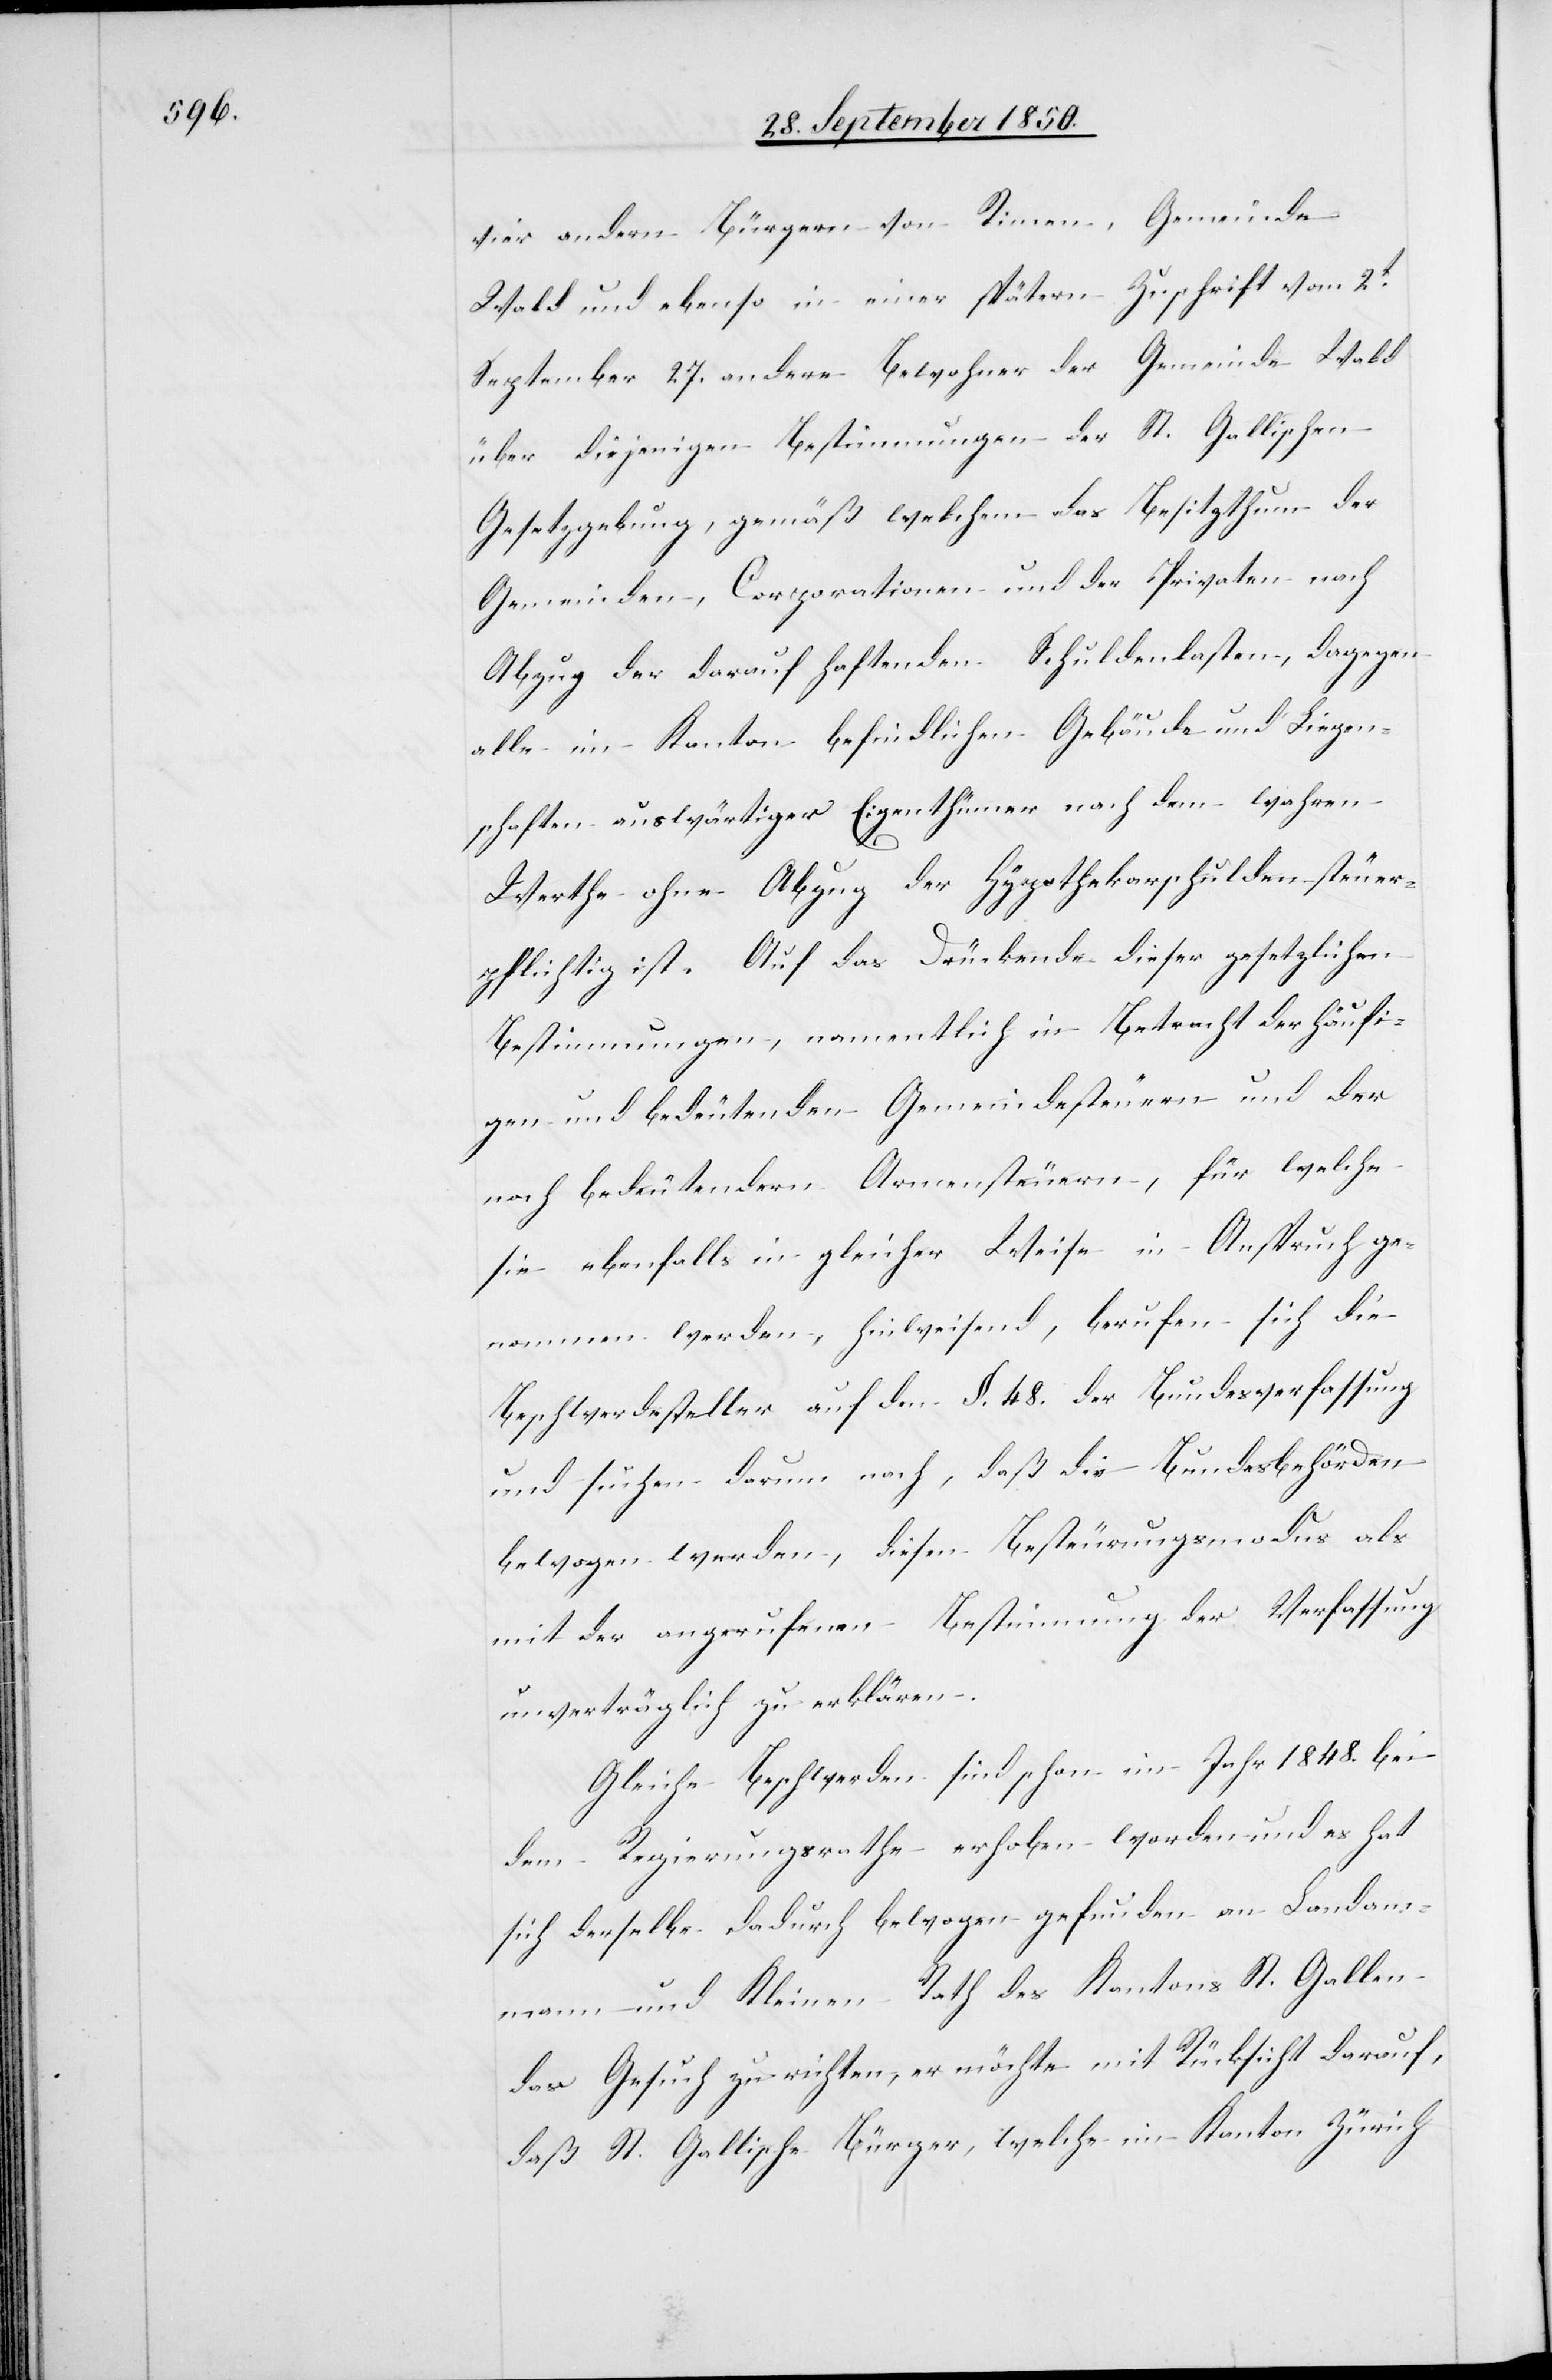
vier andern Bürgern von Rimen, Gemeinde
Wald und ebenso in einer spätern Zuschrift vom 2t
September 27. andere Bewohner der Gemeinde Wald
über diejenigen Bestimmungen der St. Gallischen
Gesetzgebung, gemäß welchem das Besitzthum der
Gemeinden, Corporationen und der Privaten nach
Abzug der darauf haftenden Schuldenlasten, dagegen
alle im Kanton befindlichen Gebäude und Liegen¬
schaften auswärtiger Eigenthümer nach dem wahren
Werthe ohne Abzug der Hypothekarschulden steuer¬
pflichtig ist. Auf das Drückende dieser gesetzlichen
Bestimmungen, namentlich in Betracht der häufi¬
gen und bedeutenden Gemeindesteuern und der
noch bedeutendern Armensteuern, für welche
sie ebenfalls in gleicher Weise in Anspruch ge¬
nommen werden, hinweisend, berufen sich die
Beschwerdesteller auf den §. 48. der Bundesverfassung
und suchen darum nach, daß die Bundesbehörden
bewogen werden, diesen Besteuerungsmodus als
mit der angerufenen Bestimmung der Verfassung
unverträglich zu erklären.
Gleiche Beschwerden sind schon im Jahr 1848. bei
dem Regierungsrathe erhoben worden und es hat
sich derselbe dadurch bewogen gefunden an Landam¬
mann und Kleinen Rath des Kantons St. Gallen
das Gesuch zu richten, er möchte mit Rücksicht darauf,
daß St. Gallische Bürger, welche im Kanton Zürich